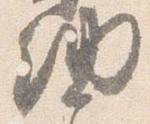
納